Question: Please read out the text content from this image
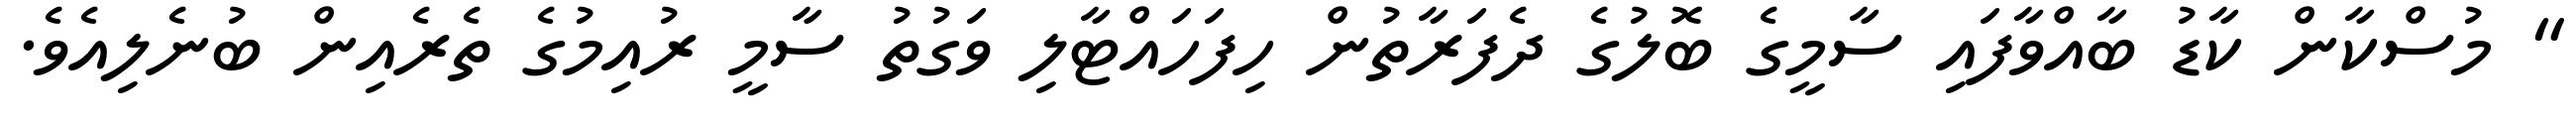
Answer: " މުސްކާން ކާޑު ބާއްވާފައި ސާމީގެ ބޮލުގެ ދެފަރާތުން ހިފަހައްޓާލި ވަގުތު ސާމީ ރުއިމުގެ ތެރެއިން ބުނެލިއެވެ.